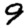
Digit: 9